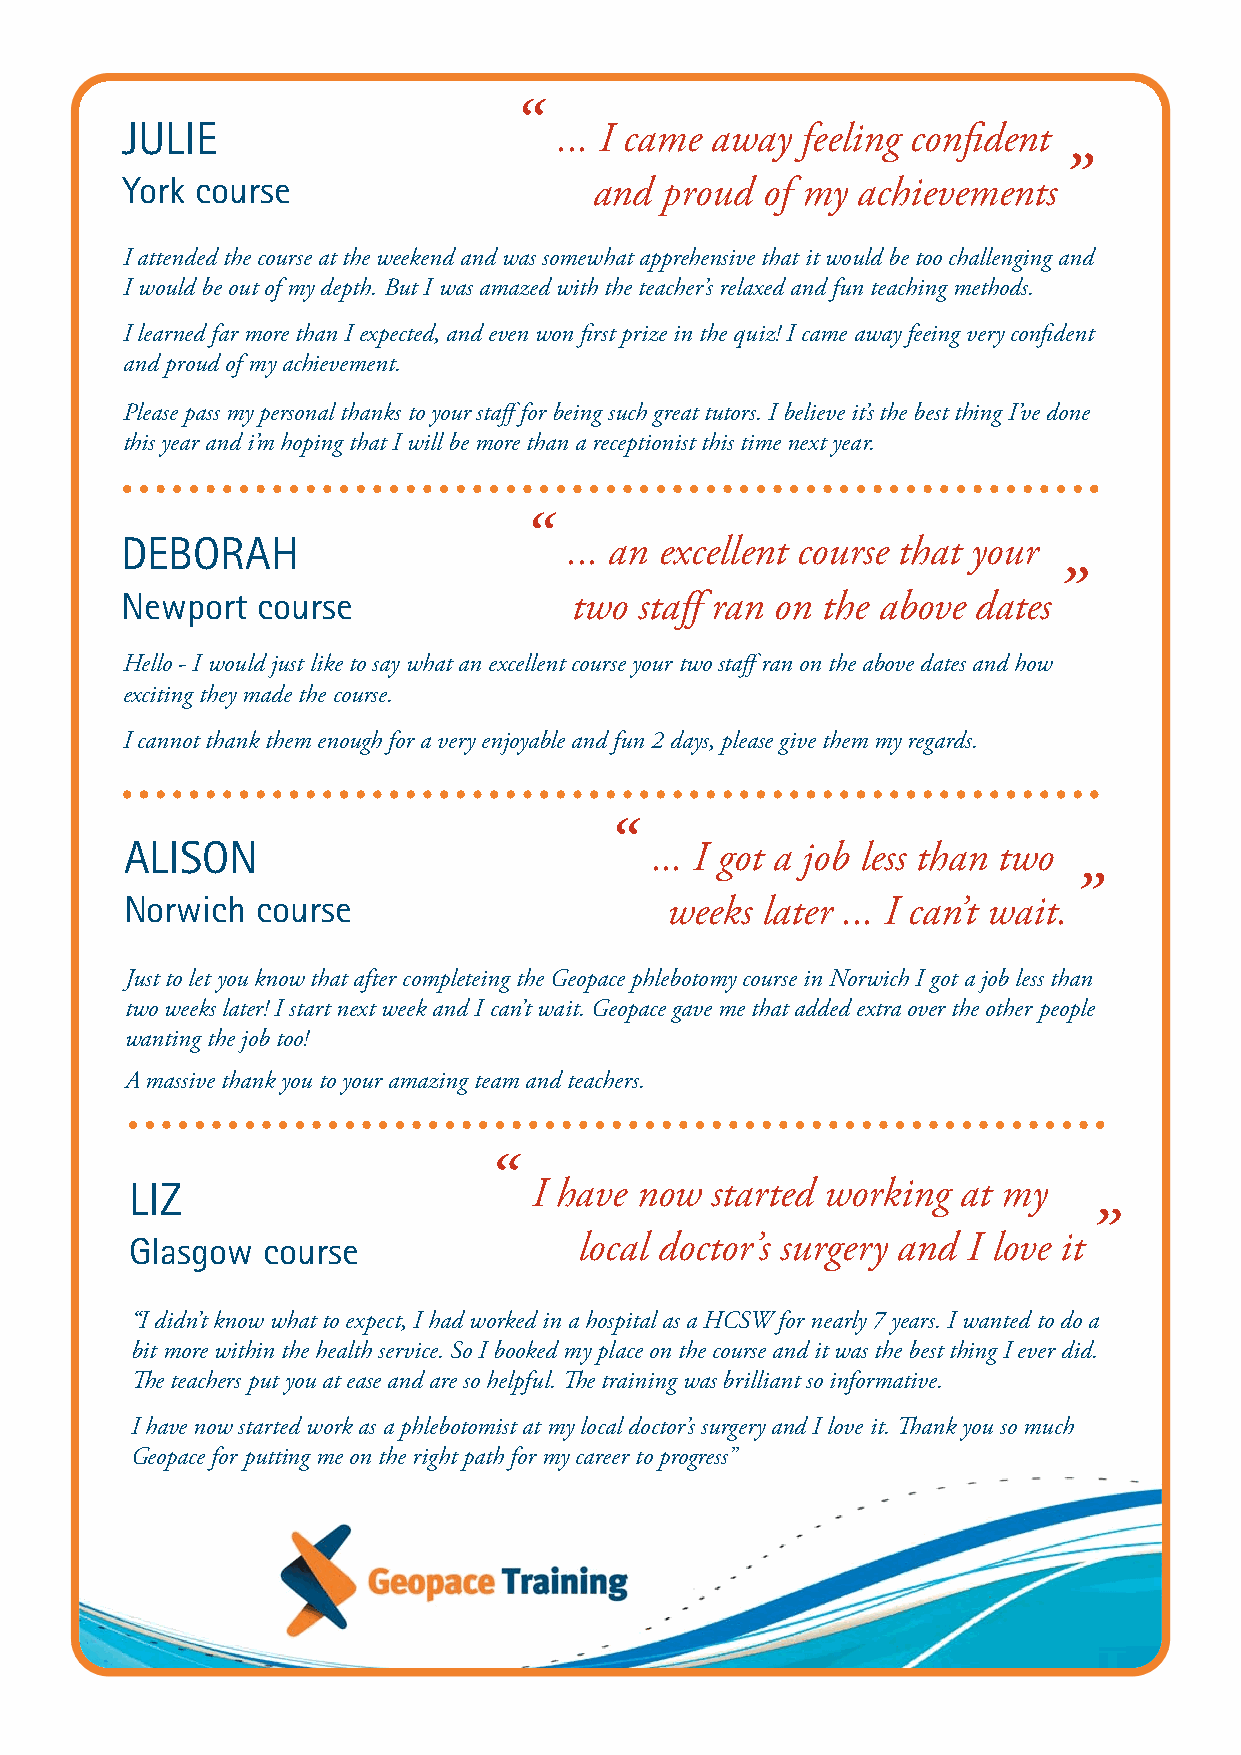
“
 JULIE                        ... I came away feeling confident
 ”
 York course                    and  proud  of my achievements
 I attended the course at the weekend and was somewhat apprehensive that it would be too challenging and
 I would be out of my depth. But I was amazed with the teacher’s relaxed and fun teaching methods.
 I learned far more than I expected, and even won first prize in the quiz! I came away feeing very confident
 and proud of my achievement.
 Please pass my personal thanks to your staff for being such great tutors. I believe it’s the best thing I’ve done
 this year and i’m hoping that I will be more than a receptionist this time next year.
 “
 DEBORAH                       ... an excellent course that your
 ”
 Newport  course               two staff ran on the above dates
 Hello - I would just like to say what an excellent course your two staff ran on the above dates and how
 exciting they made the course.
 I cannot thank them enough for a very enjoyable and fun 2 days, please give them my regards.
 “
 ALISON                             ... I got a job less than two
 ”
 Norwich  course                     weeks later ... I can’t wait.
 Just to let you know that after completeing the Geopace phlebotomy course in Norwich I got a job less than
 two weeks later! I start next week and I can’t wait. Geopace gave me that added extra over the other people
 wanting the job too!
 A massive thank you to your amazing team and teachers.
 “
 LIZ                       I have now  started working  at my
 ”
 Glasgow course               local doctor’s surgery and I love it
 “I didn’t know what to expect, I had worked in a hospital as a HCSW for nearly 7 years. I wanted to do a
 bit more within the health service. So I booked my place on the course and it was the best thing I ever did.
 The teachers put you at ease and are so helpful. The training was brilliant so informative.
 I have now started work as a phlebotomist at my local doctor’s surgery and I love it. Thank you so much
 Geopace for putting me on the right path for my career to progress”